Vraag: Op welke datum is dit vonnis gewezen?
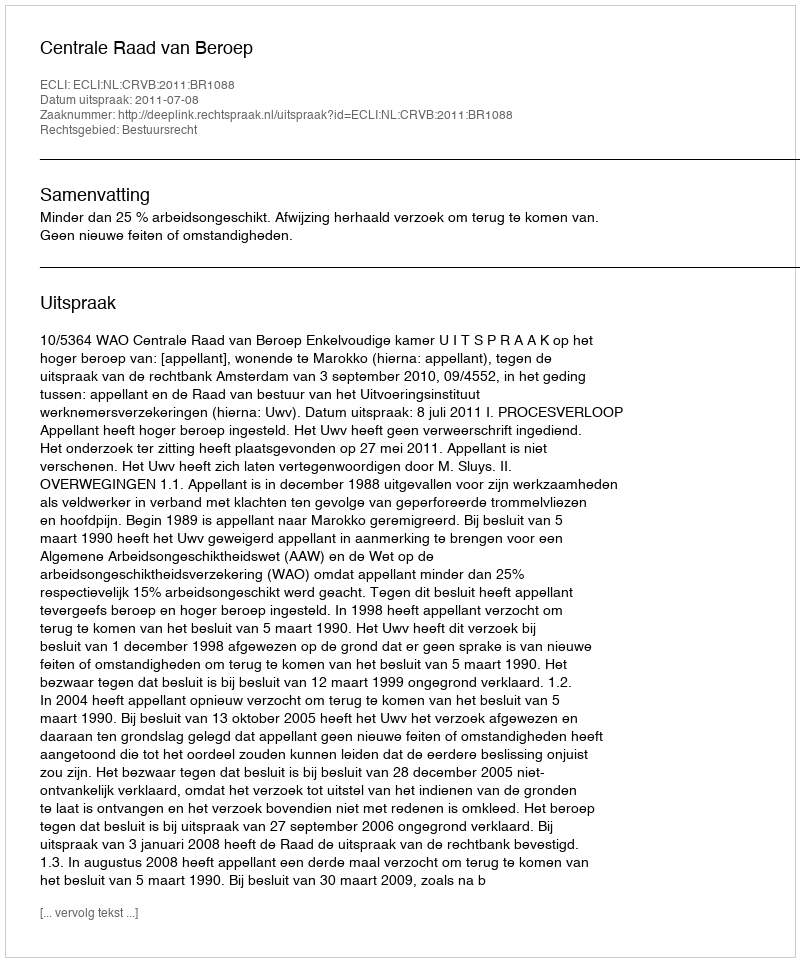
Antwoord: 2011-07-08